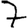
Digit: 7